Medical and sanitary report of the native army of Bengal for the year
Year: 1876
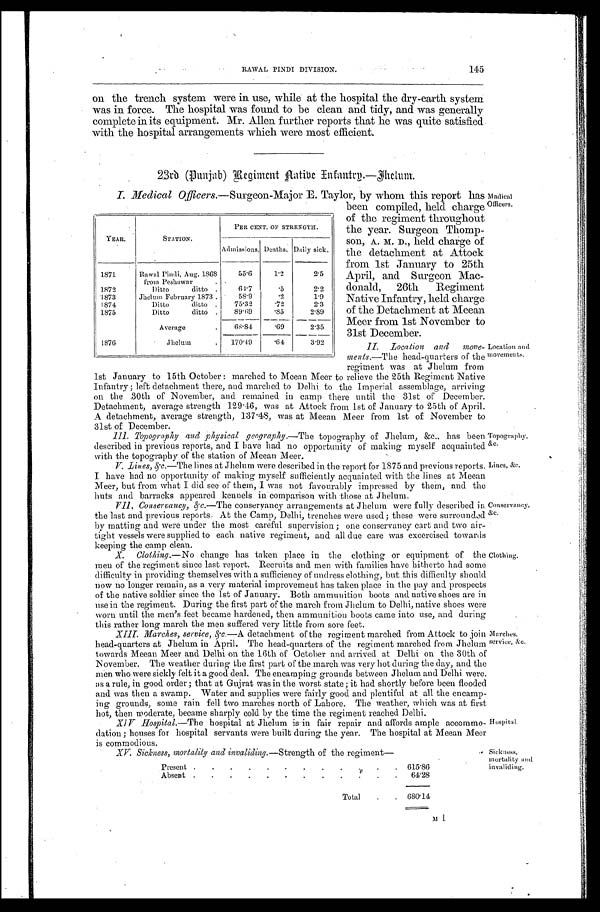
RAWAL PINDI DIVISION.
145
on the trench system were in use, while at the hospital the dry-earth system
was in force. The hospital was found to be clean and tidy, and was generally
complete in its equipment. Mr. Allen further reports that he was quite satisfied
with the hospital arrangements which were most efficient.
23rd (Punjab) Regiment Native Infantry.—Jhelum.
I. Medical Officers. —Surgeon-Major E. Taylor, by whom this report has
been compiled, held charge
of the regiment throughout
the year. Surgeon Thomp-
son, A. M. D., held charge of
the detachment at Attock
from 1st January to 25th
April, and Surgeon Mac-
donald, 26th Regiment
Native Infantry, held charge
of the Detachment at Meean
Meer from 1st November to
31st December.
II. Location and move
- m e n t s .
— T h e h e a d - q u a r t e r s o f t h e
regiment was at Jhelum from
1st January to 15th October: marched to Meean Meer to relieve the 25th Regiment Native
Infantry; left detachment there, and marched to Delhi to the Imperial assemblage, arriving
on the 30th of November, and remained in camp there until the 31st of December.
Detachment, average strength 129.46, was at Attock from 1st of January to 25th of April.
A detachment, average strength, 137.48, was at Meean Meer from 1st of November to
31st of December.
III. Topography and Physical geography. —The topography of Jhelum, &c., has been
described in previous reports, and I have had no opportunity of making myself acquainted
with the topography of the station of Meean Meer.
V. Lines, &c.—The lines at Jhelum were described in the report for 1875 and previous reports.
I have had no opportunity of making myself sufficiently acquainted with the lines at Meean
Meer, but from what I did see of them, I was not favourably impressed by then, and the
huts and barracks appeared kennels in comparison with those at Jhelum.
VII. Conservancy, &c .—The conservancy arrangements at Jhelum were fully described in
the last and previous reports. At the Camp, Delhi, trenches were used; these were surrounded
by matting and were under the most careful supervision; one conservancy cart and two air-
tight vessels were supplied to each native regiment, and all due care was excercised toward
keeping the camp clean.
X. Clothing.—No change has taken place in the clothing or equipment of the
men of the regiment since last report. Recruits and men with families have hitherto had some
difficulty in providing themselves with a sufficiency of undress clothing, but this difficulty should
now no longer remain, as a very material improvement has taken place in the pay and prospects
of the native soldier since the 1st of January. Both ammunition boots and native shoes are in
use in the regiment. During the first part of the march from Jhelum to Delhi, native shoes were
worn until the men's feet became hardened, then ammunition boots came into use, and during
this rather long march the men suffered very little from sore feet.
XIII. Marches, service, &c.—A detachment of the regiment marched from Attock to join
head-quarters at Jhelum in April. The head-quarters of the regiment marched from Jhelum
towards Meean Meer and Delhi on the 16th of October and arrived at Delhi on the 30th of
November. The weather during the first part of the march was very hot during the day, and the
men who were sickly felt it a good deal. The encamping grounds between Jhelum and Delhi were
as a rule, in good order; that at Gujrat was in the worst state; it had shortly before been flooded
and Was then a swamp. Water and supplies were fairly good and plentiful at all the encamp-
ing grounds, some rain fell two marches north of Lahore. The weather, which was at first
hot, then moderate, became sharply cold by the time the regiment reached Delhi.
XIV Hospital.—The hospital at Jhelum is in fair repair and affords ample accommo-
dation; houses for hospital servants were built during the year. The hospital at Meean Meer
is commodious.
XV. Sickness, mortality and invaliding. —Strength of the regiment—
Present
6 1 5 . 8 6
Absent
6 4 . 2 8
Total
680.14
M 1
YEAR.
STATION.
PER CENT. OF STRENGTH.
Admissions. Deaths. Daily sick.
1871
Rawal Pindi, Aug. 1868
from Peshawar
55.6
1.2
2.5
1872
Ditto ditto
64.7
. 5
2.2
1873
Jhelum February 1873
58.9
. 2
1.9
1874
Ditto ditto
75.32
. 7 2
2.3
1875
Ditto ditto
89.69
. 8 5
2.89
Average
68.84
. 6 9
2.35
1876
Jhelum
170.49
. 6 4
3.92
Medical
Officers.
Location and
movements.
Topography,
&c.
Lines, &c.
Conservancy,
&c.
Clothing.
Marches.
service, &c.
Hospital.
Sickness,
mortality and
invaliding.